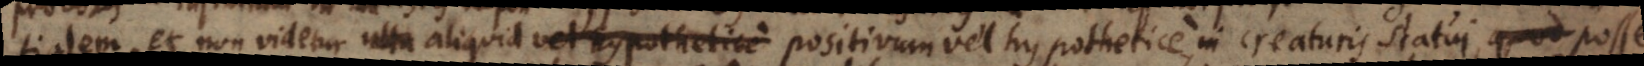
tialem, et non videtur ulla aliquid vel hypothetice positivum vel hypothetice in creaturis statui, quod posse,